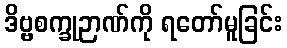
ဒိဗ္ဗစက္ခုဉာဏ်ကို ရတော်မူခြင်း